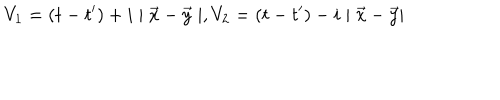
V _ { 1 } = ( t - t ^ { \prime } ) + i \mid \vec { x } - \vec { y } \mid , V _ { 2 } = ( t - t ^ { \prime } ) - i \mid \vec { x } - \vec { y } \mid